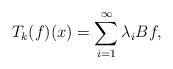
LaTeX: \begin{align*}T_k(f)(x) & = \sum\limits_{i=1}^{\infty} \lambda_i Bf, \end{align*}